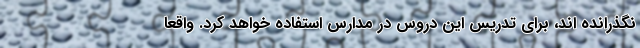
نگذرانده اند، برای تدریس این دروس در مدارس استفاده خواهد کرد. واقعاً